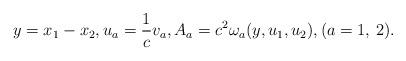
LaTeX: \begin{align*}y=x_1-x_2,u_a=\frac{1}{c}v_a,A_a=c^2\omega_a(y,u_1,u_2),(a=1,\, 2).\end{align*}